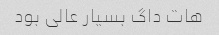
هات داگ بسیار عالی بود